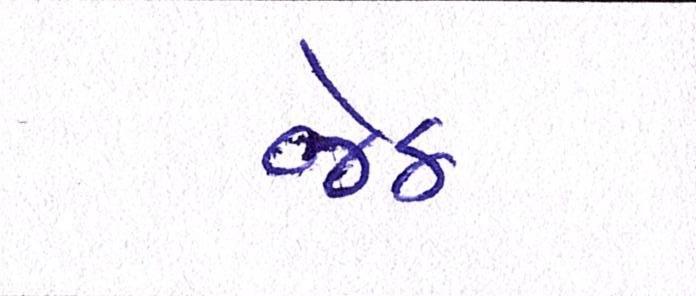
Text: જેઠ